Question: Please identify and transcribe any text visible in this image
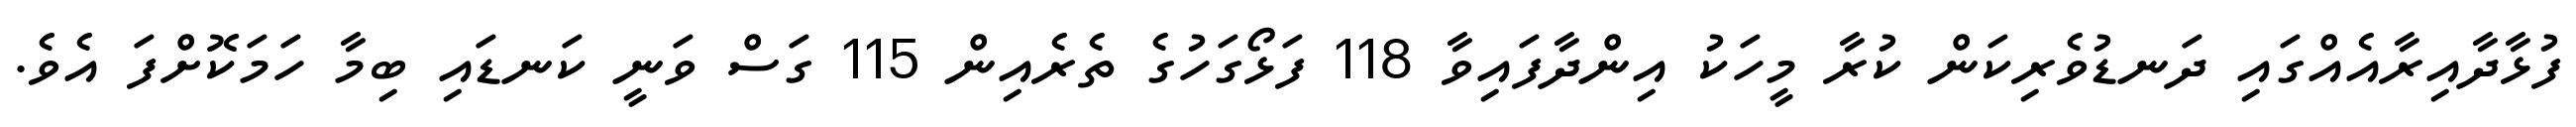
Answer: ފުޅާދާއިރާއެއްގައި ދަނޑުވެރިކަން ކުރާ މީހަކު އިންދާފައިވާ 118 ފަޅޯގަހުގެ ތެރެއިން 115 ގަސް ވަނީ ކަނޑައި ބިމާ ހަމަކޮށްފަ އެވެ.